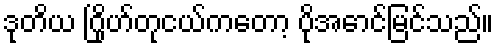
ဒုတိယ ဂြိုဟ်တုငယ်ကတော့ ပိုအောင်မြင်သည်။